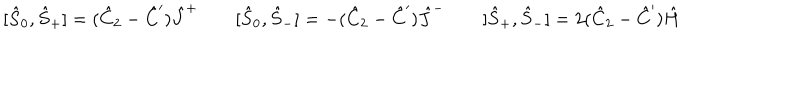
LaTeX: [ \hat { S } _ { 0 } , \hat { S } _ { + } ] = ( \hat { C } _ { 2 } - \hat { C } ^ { \prime } ) \hat { J } ^ { + } \qquad [ \hat { S } _ { 0 } , \hat { S } _ { - } ] = - ( \hat { C } _ { 2 } - \hat { C } ^ { \prime } ) \hat { J } ^ { - } \qquad [ \hat { S } _ { + } , \hat { S } _ { - } ] = 2 ( \hat { C } _ { 2 } - \hat { C } ^ { \prime } ) \hat { H }